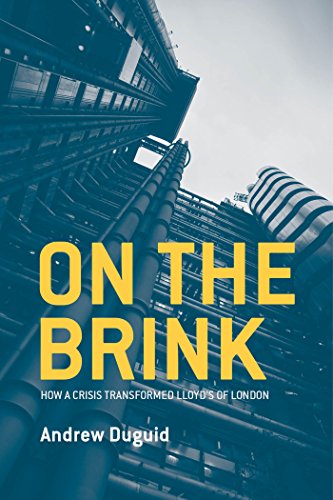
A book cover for On the Brink: How a Crisis Transformed Lloyd's of London; Andrew Duguid; Business & Money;